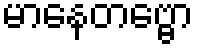
မာနေတဗ္ဗော